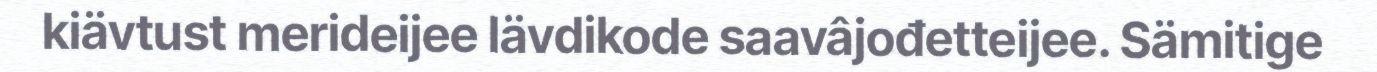
kiävtust merideijee lävdikode saavâjođetteijee. Sämitige